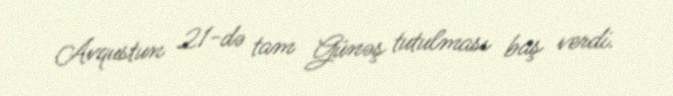
Avqustun 21-də tam Günəş tutulması baş verdi.